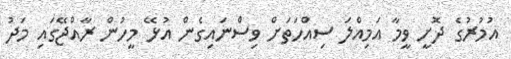
އުމުރުގެ ދޮށީ ވީމާ އަމިއްލަ ސިއްހަތަށް ވިސްނައިގެން އުޅޭ މީހުން ރާއްޖޭގައި މަދު